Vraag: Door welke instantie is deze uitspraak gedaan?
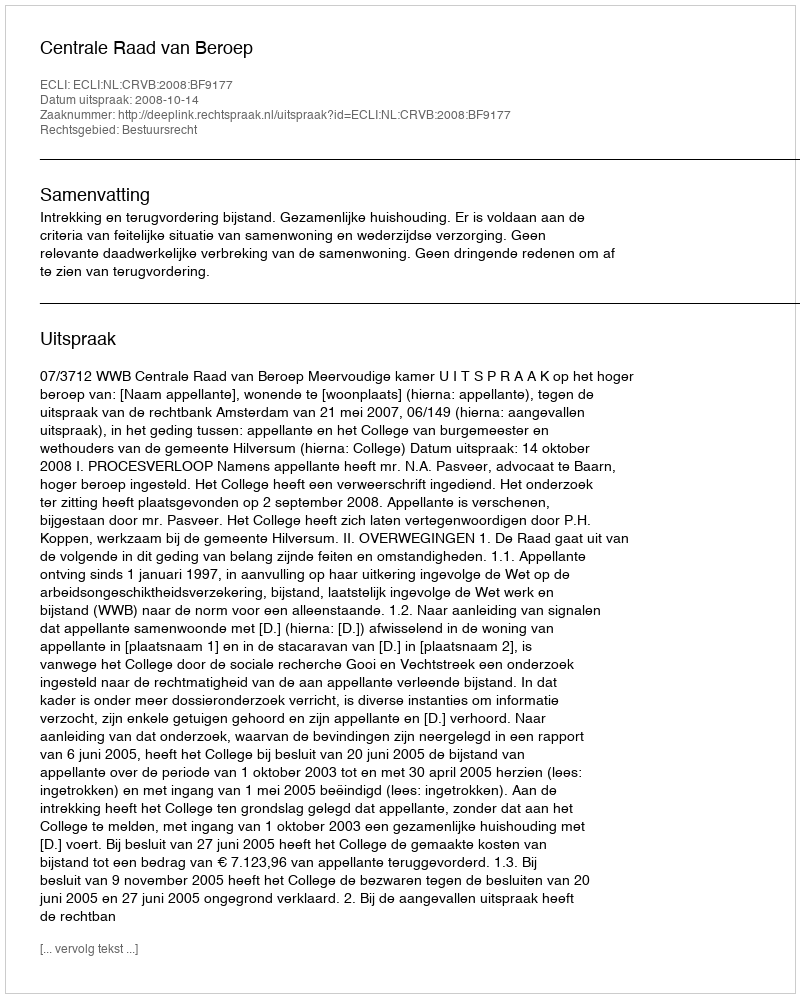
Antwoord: Centrale Raad van Beroep